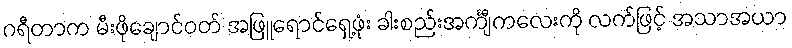
ဂရီတာက မီးဖိုချောင်ဝတ် အဖြူရောင်ရှေ့ဖုံး ခါးစည်းအင်္ကျီကလေးကို လက်ဖြင့် အသာအယာ